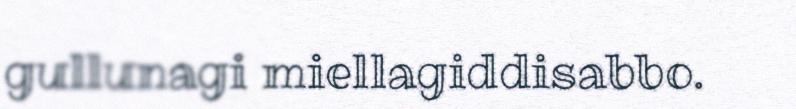
gullunagi miellagiddisabbo.